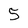
Character: 5